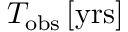
T _ { \mathrm { { o b s } } } \, [ \mathrm { { y r s } ] }